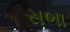
સભા